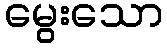
မွေးသော